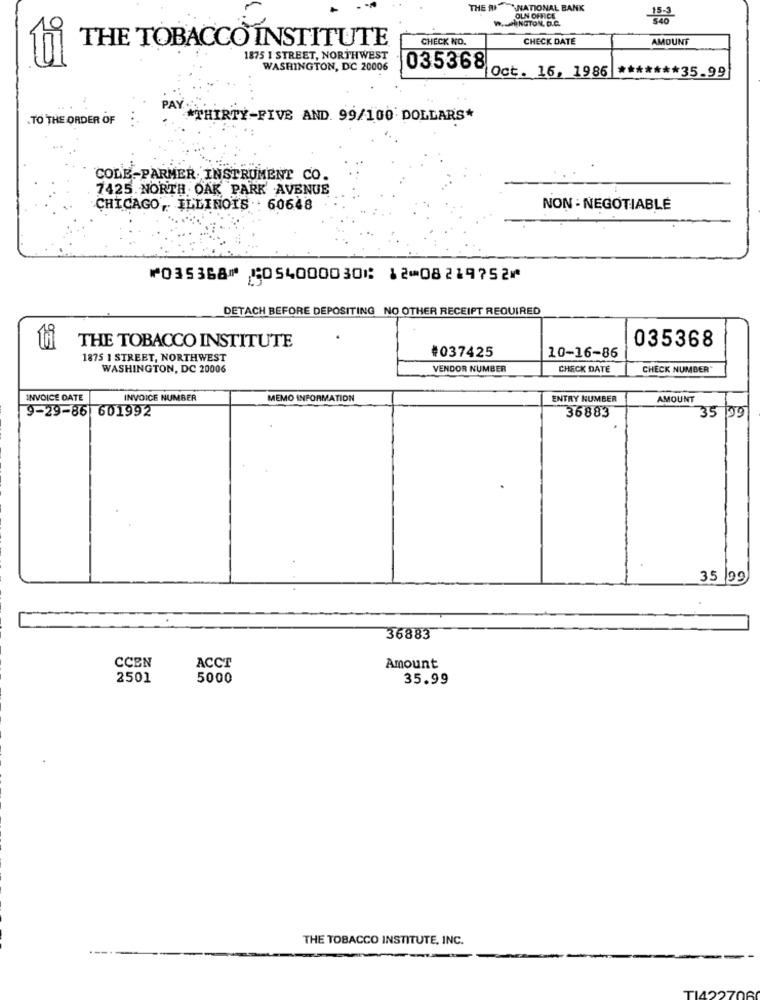
THE NATIONAL BANK
w. HINGTON, D.C.
OLN OFFICE
$40
THE TOBACCO INSTITUTE
CHECK NO.
CHECK DATE
AMOUNT
ti
1875 1 STREET, NORTHWEST
WASHINGTON, DC 20006
035368
******* 35.99
Oct. 16, 1986
PAY
.TO THE ORDER OF
*THIRTY-FIVE AND. 99/100 DOLLARS*
COLE-PARMER INSTRUMENT CO.
7425. NORTH OAK PARK AVENUE
CHICAGO, ILLINOIS .: 60648
NON- NEGOTIABLE
⑈035368⑈ ⑆054000030⑆ 12⑉08219752⑈
DETACH BEFORE DEPOSITING NO OTHER RECEIPT REQUIRED
035368
THE TOBACCO INSTITUTE
#037425
1875 1 STREET, NORTHWEST
10-16-86
WASHINGTON, DC 20006
VENDOR NUMBER
CHECK DATE
CHECK NUMBER
INVOICE DATE
INVOICE NUMBER
MEMO INFORMATION
ENTRY NUMBER
AMOUNT
9-29-86 601992
36883
35 99
35 99
36883
CCEN
ACCT
Amount
2501
5000
35.99
THE TOBACCO INSTITUTE, INC.